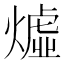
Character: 𪹣